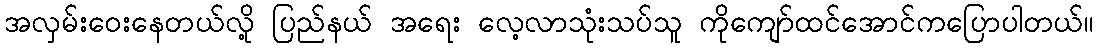
အလှမ်းဝေးနေတယ်လို့ ပြည်နယ် အရေး လေ့လာသုံးသပ်သူ ကိုကျော်ထင်အောင်ကပြောပါတယ်။